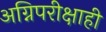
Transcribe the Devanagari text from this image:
अग्निपरीक्षाही